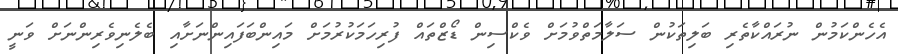
އެހެންކަމުން ނުރައްކާތެރި ބަލިތަކުން ސަލާމަތްވުމަށް ވެކްސިން ޑޯޒްތައް ފުރިހަމަކުރުމަށް މައިންބަފައިންނަށާއި ބެލެނިވެރިންނަށް ވަނީ